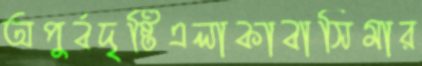
অপুর্বদৃষ্টিএলাকাবাসিমার